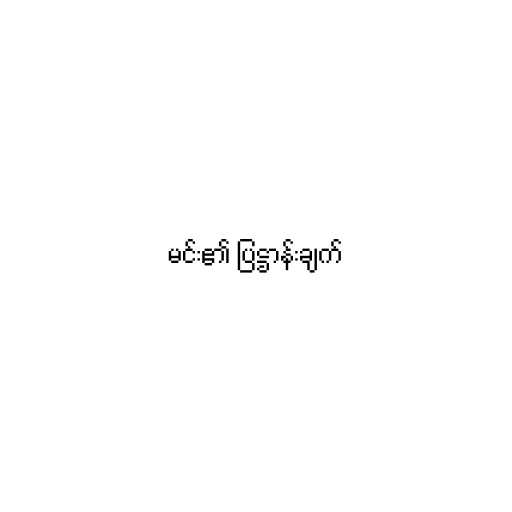
မင်း၏ ပြဋ္ဌာန်းချက်